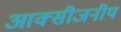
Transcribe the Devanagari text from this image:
आक्सीजनीय